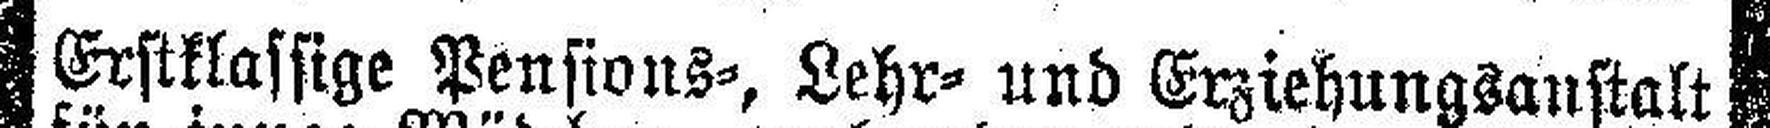
Erstklassige Pensions-, Lehr- und Erziehungsanstalt